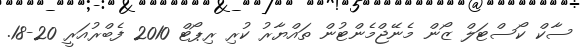
ސާކް ކޯސްޓަލް ޒޯން މެނޭޖްމެންޓުން ތައްޔާރު ކުރި ރިޕޯޓް 2010 ފެބްރުއަރީ 20-18.